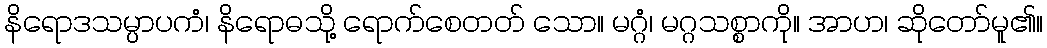
နိရောဒသမ္ပာပကံ၊ နိရောဓသို့ ရောက်စေတတ် သော။ မဂ္ဂံ၊ မဂ္ဂသစ္စာကို။ အာဟ၊ ဆိုတော်မူ၏။